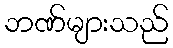
ဘဏ်များသည်